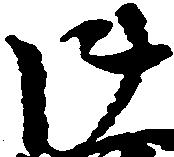
御